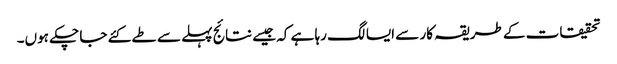
تحقیقات کے طریقہ کار سے ایسا لگ رہا ہے کہ جیسے نتائج پہلے سے طے کئے جا چکے ہوں۔